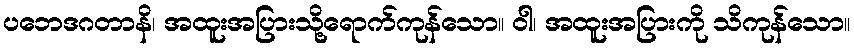
ပဘေဒဂတာနိ၊ အထူးအပြားသို့ရောက်ကုန်သော။ ဝါ၊ အထူးအပြားကို သိကုန်သော။